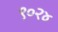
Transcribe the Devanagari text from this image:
९०२४